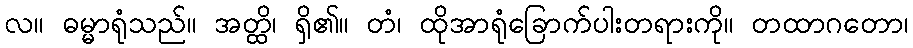
လ။ ဓမ္မာရုံသည်။ အတ္ထိ၊ ရှိ၏။ တံ၊ ထိုအာရုံခြောက်ပါးတရားကို။ တထာဂတော၊